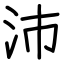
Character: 沛